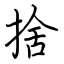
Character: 捨